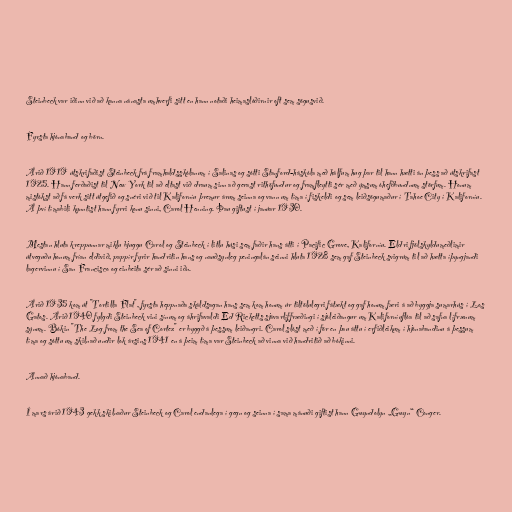
Steinbeck var iðinn við að kanna nánasta umhverfi sitt en hann notaði heimaslóðirnir oft sem sögusvið.

Fyrsta hjónaband og börn.

Árið 1919 útskrifaðist Steinbeck frá framhaldsskólanum í Salinas og sótti Stanford-háskóla með hálfum hug þar til hann hætti án þess að útskrifast
1925. Hann ferðaðist til New York til að eltast við draum sinn að gerast rithöfundur og framfleytti sér með ýmsum óhefðbundnum störfum. Honum
mistókst að fá verk sitt útgefið og snéri við til Kaliforníu þremur árum seinna og vann um tíma í fiskeldi og sem leiðsögumaður í Tahoe City í Kaliforníu.
Á því tímabili kynntist hann fyrri konu sinni, Carol Henning. Þau giftust í janúar 1930.

Mestan hluta kreppunnar miklu bjuggu Carol og Steinbeck í litlu húsi sem faðir hans átti í Pacific Grove, Kaliforníu. Eldri fjölskyldumeðlimir
útveguðu honum frían eldivið, pappír fyrir handritin hans og nauðsynleg peningalán seinni hluta 1928 sem gaf Steinbeck svigrúm til að hætta íþyngjandi
lagervinnu í San Francisco og einbeita sér að sinni iðn.

Árið 1935 kom út "Tortilla Flat", fyrsta heppnaða skáldsagan hans sem kom honum úr tiltölulegri fátækt og gaf honum færi á að byggja sumarhús í Los
Gatos. Árið 1940 fylgdi Steinbeck vini sínum og áhrifavaldi Ed Ricketts sjávarlíffræðingi í sjóleiðangur um Kaliforníuflóa til að safna lífrænum
sýnum. Bókin "The Log from the Sea of Cortez" er byggð á þessum leiðangri. Carol slóst með í för en þau áttu í erfiðleikum í hjónabandinu á þessum
tíma og sóttu um skilnað undir lok ársins 1941 en á þeim tíma var Steinbeck að vinna við handritið að bókinni.

Annað hjónaband.

Í mars árið 1943 gekk skilnaður Steinbeck og Carol endanlega í gegn og seinna í sama mánuði giftist hann Gwyndolyn „Gwyn“ Conger.